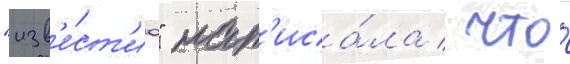
"изв'е́ст'иа" нап'иса́ла / что́